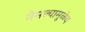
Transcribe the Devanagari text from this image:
नेमल्यामुळेच